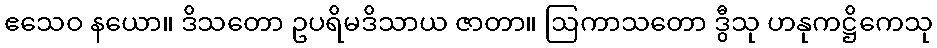
ဧသေဝ နယော။ ဒိသတော ဥပရိမဒိသာယ ဇာတာ။ ဩကာသတော ဒွီသု ဟနုကဋ္ဌိကေသု